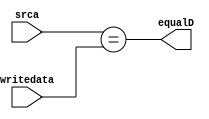
module M_EQUAL(
    input[31:0] srca, writedata,
    output equalD);

    assign equalD = (srca==writedata);
    
endmodule